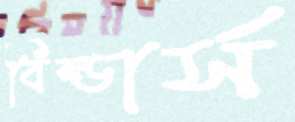
বিল্ডার্স